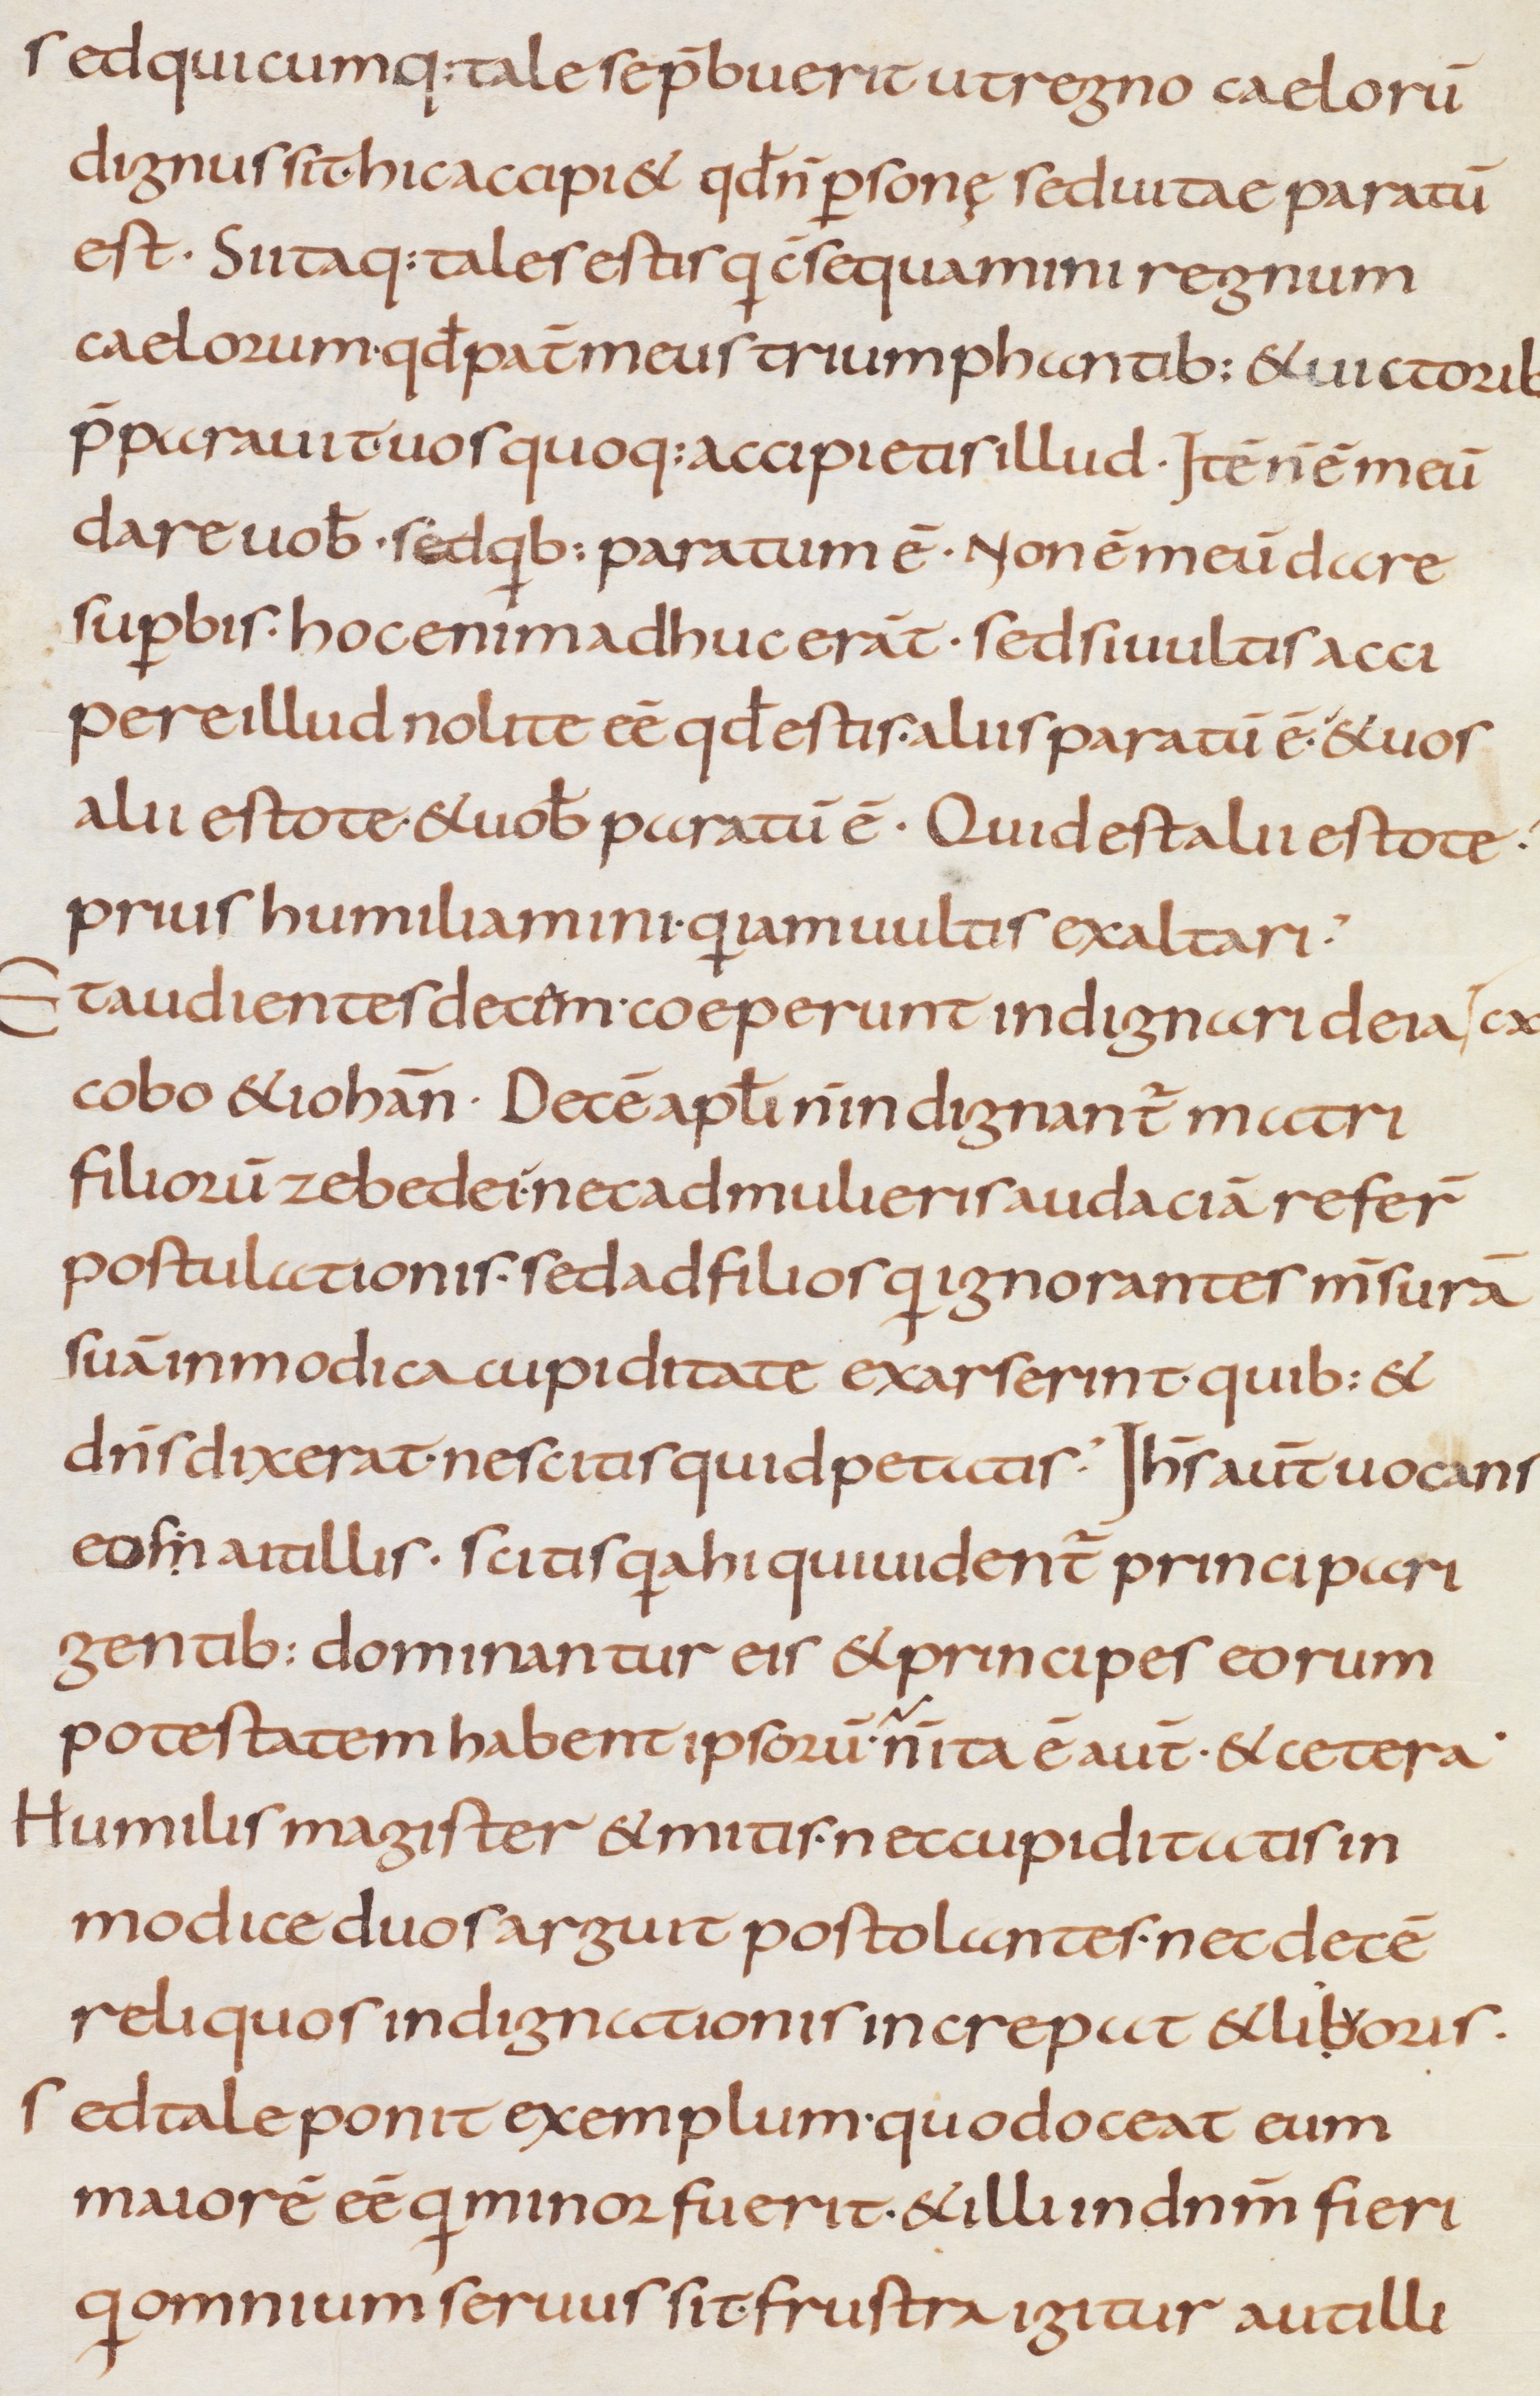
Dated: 800–999